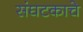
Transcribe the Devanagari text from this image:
संघटकाचे